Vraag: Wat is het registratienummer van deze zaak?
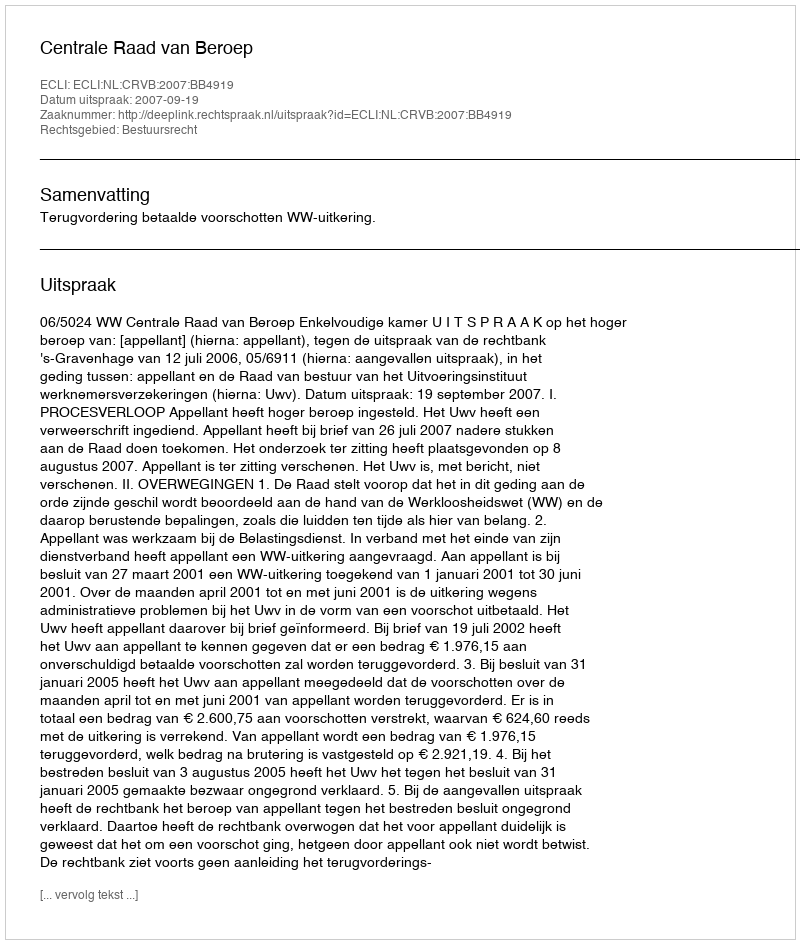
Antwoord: http://deeplink.rechtspraak.nl/uitspraak?id=ECLI:NL:CRVB:2007:BB4919